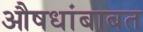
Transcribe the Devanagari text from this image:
औषधांबाबत